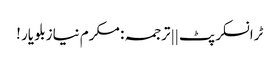
ٹرانسکرپٹ || ترجمہ : مکرم نیازبلو یار !